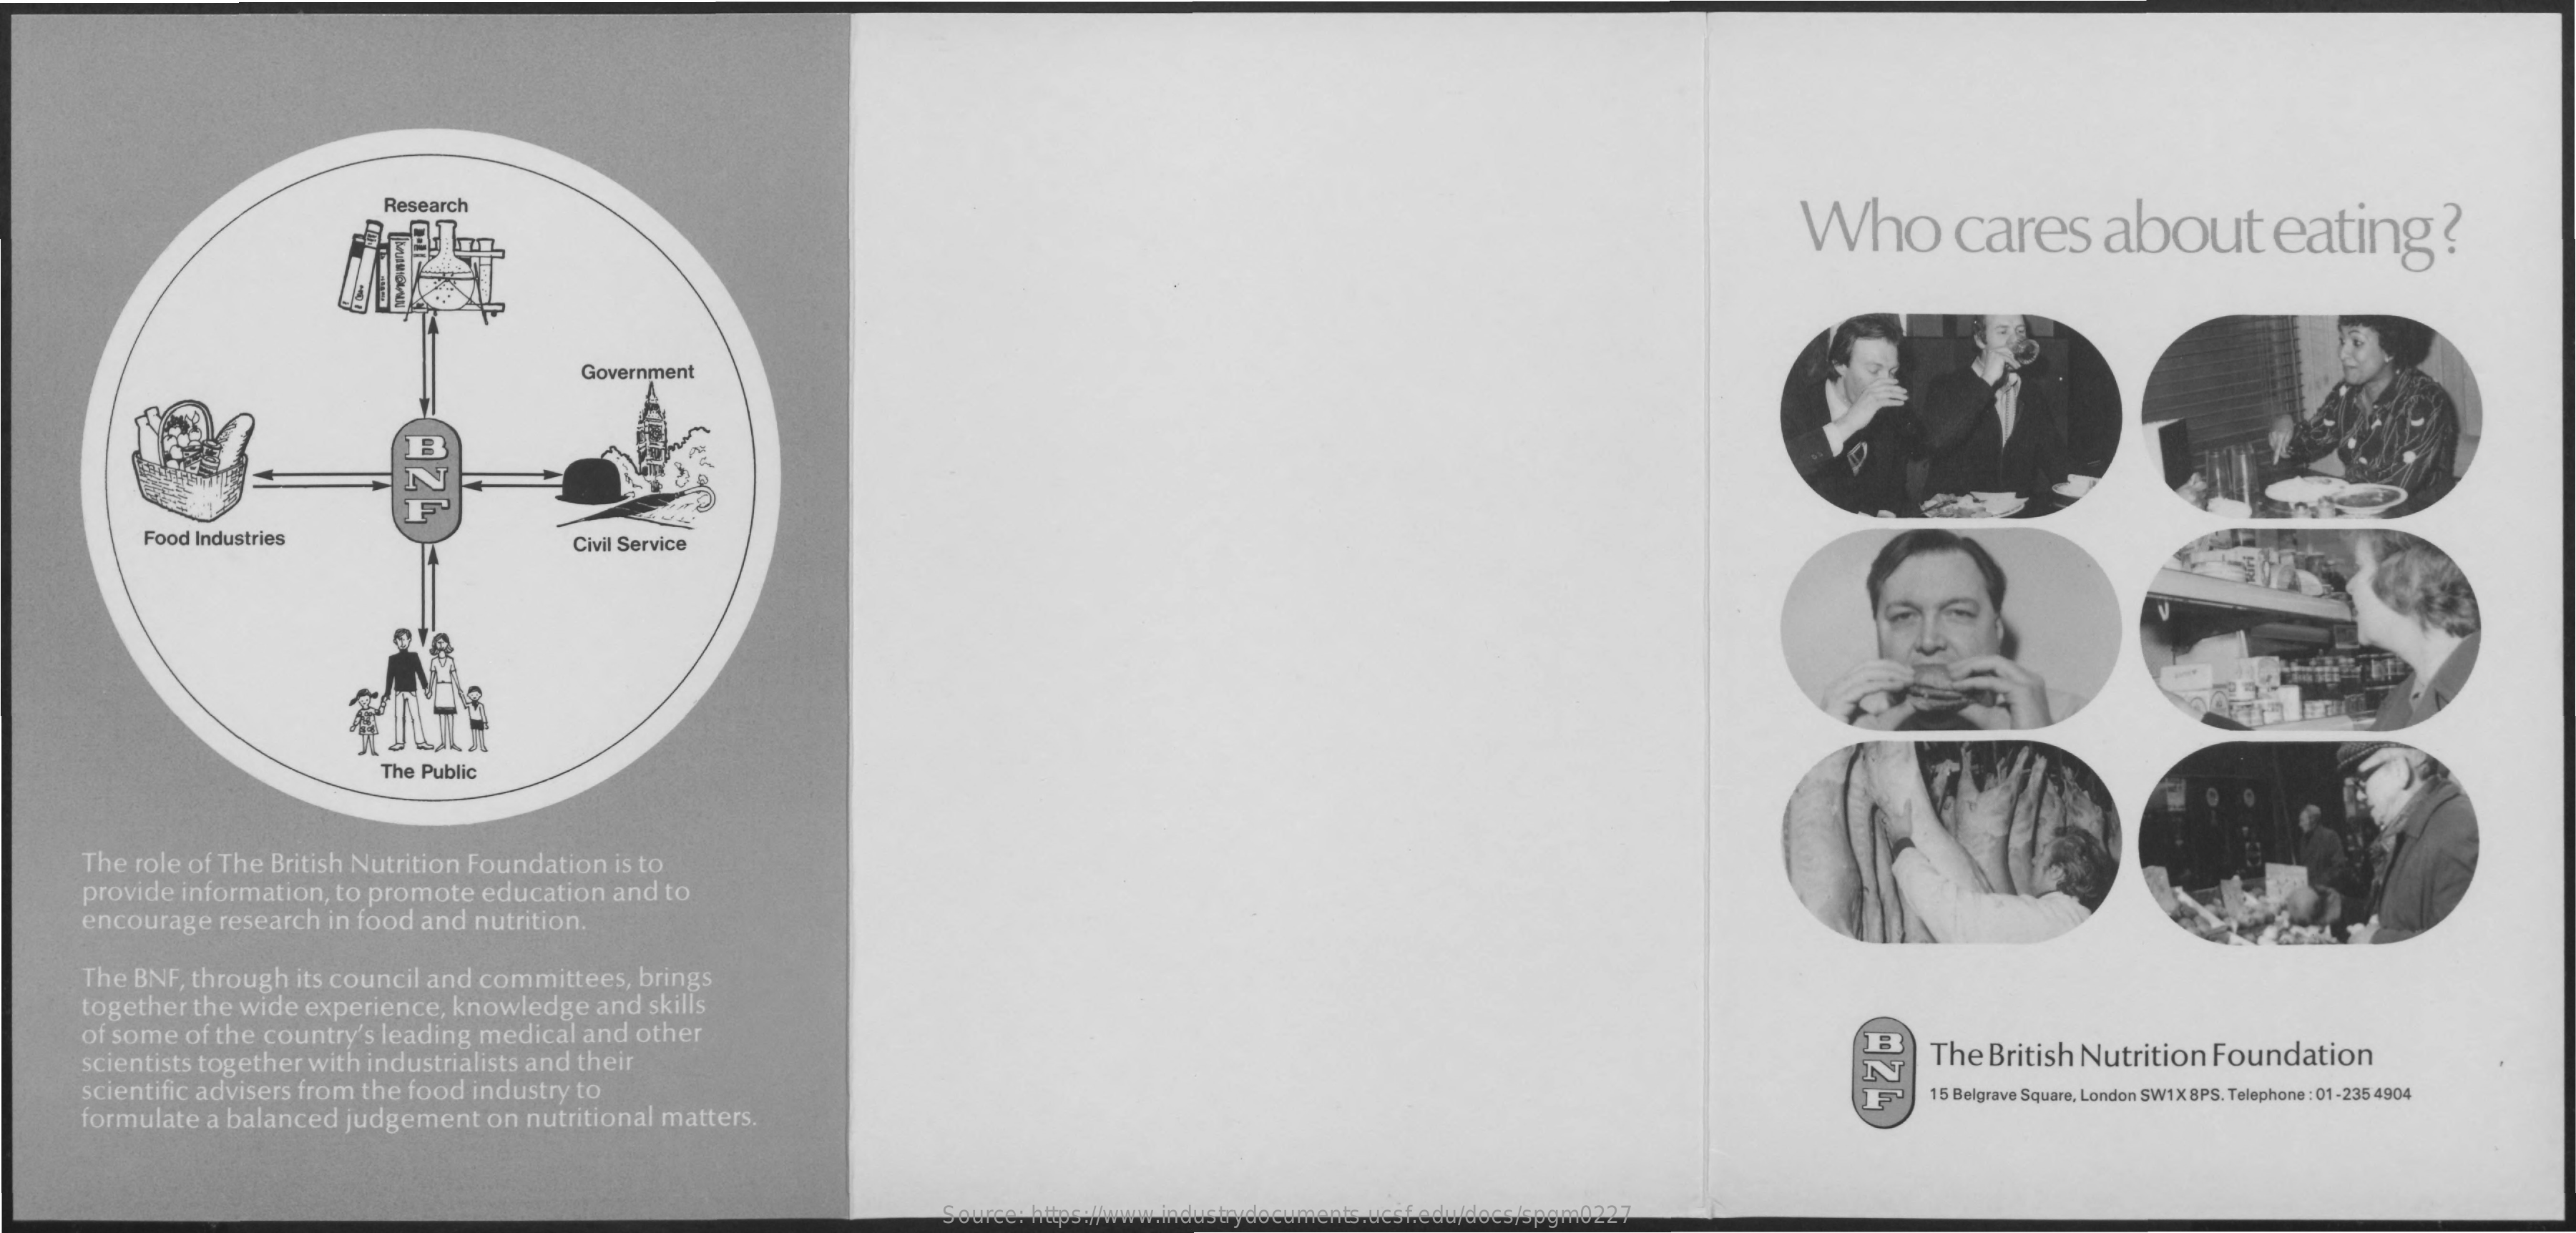
Research
     Who cares about eating ?
     Government
     Food Industries Civil Service
     The Public
   The role of The British Nutrition Foundation is to
   provide information, to promote education and to
   encourage research in food and nutrition.
   The BNF, through its council and committees, brings
   together the wide experience, knowledge and skills
   of some of the country's leading medical and other
   scientists together with industrialists and their    The British Nutrition Foundation
   scientific advisers from the food industry to
   formulate a balanced judgement on nutritional matters.
     15 Belgrave Square, London SW1X 8PS. Telephone : 01-235 4904
     Source: https://www.industrydocuments.ucsf.edu/docs/spgm0227